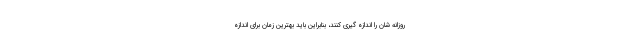
روزانه شان را اندازه گیری کنند، بنابراین باید بهترین زمان برای اندازه